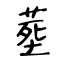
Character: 塟